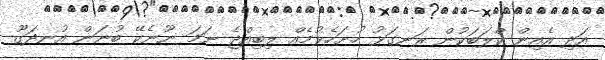
އަދި އެއިން ކްލަބަކުން ރަނގަޅު ހުށަހެޅުމެއް ލިބިއްޖެ ނަމަ ނޫނެކޭ ބުނަން އުނދަގޫ